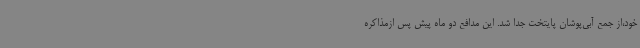
خود،از جمع آبی‌پوشان پایتخت جدا شد. این مدافع دو ماه پیش پس ازمذاکره